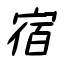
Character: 宿